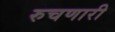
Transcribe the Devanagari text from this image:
रुचणारी